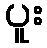
ပူး